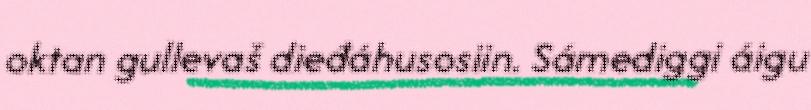
oktan gullevaš dieđáhusosiin. Sámediggi áigu